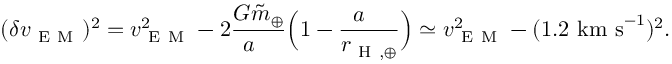
( \delta v _ { \mathrm { ~ E ~ M ~ } } ) ^ { 2 } = v _ { \mathrm { ~ E ~ M ~ } } ^ { 2 } - 2 \frac { G \tilde { m } _ { \oplus } } { a _ { \mathrm { ~ \rightmoon ~ } } } \Big ( 1 - \frac { a _ { \mathrm { ~ \rightmoon ~ } } } { r _ { \mathrm { ~ H ~ } , \oplus } } \Big ) \simeq v _ { \mathrm { ~ E ~ M ~ } } ^ { 2 } - ( 1 . 2 ~ \mathrm { k m ~ s } ^ { - 1 } ) ^ { 2 } .